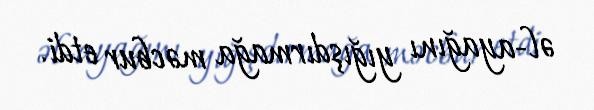
əl-ayağını yığışdırmağa məcbur etdi.